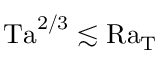
\mathrm { T a } ^ { 2 / 3 } \lesssim \mathrm { R a _ { T } }